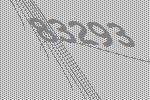
83293